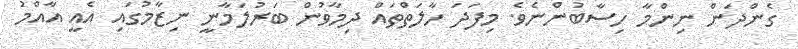
ގެންދަން ނިންމާ ހިސާބުންނެވެ. މިފަދަ ހާލަތްތައް ދިމާވުން ބަރުލަމާނީ ނިޒާމުގައި އެއީ އާއްމު